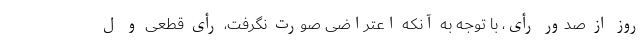
روز از صدور رأی، با توجه به آنکه اعتراضی صورت نگرفت، رأی قطعی و ل